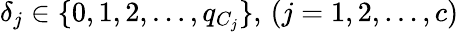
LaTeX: \delta_{j}\in\{ 0,1,2,\dots,q_{C_{j}}\} ,\, (j=1,2,\dots,c)